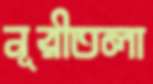
নূরীতলা